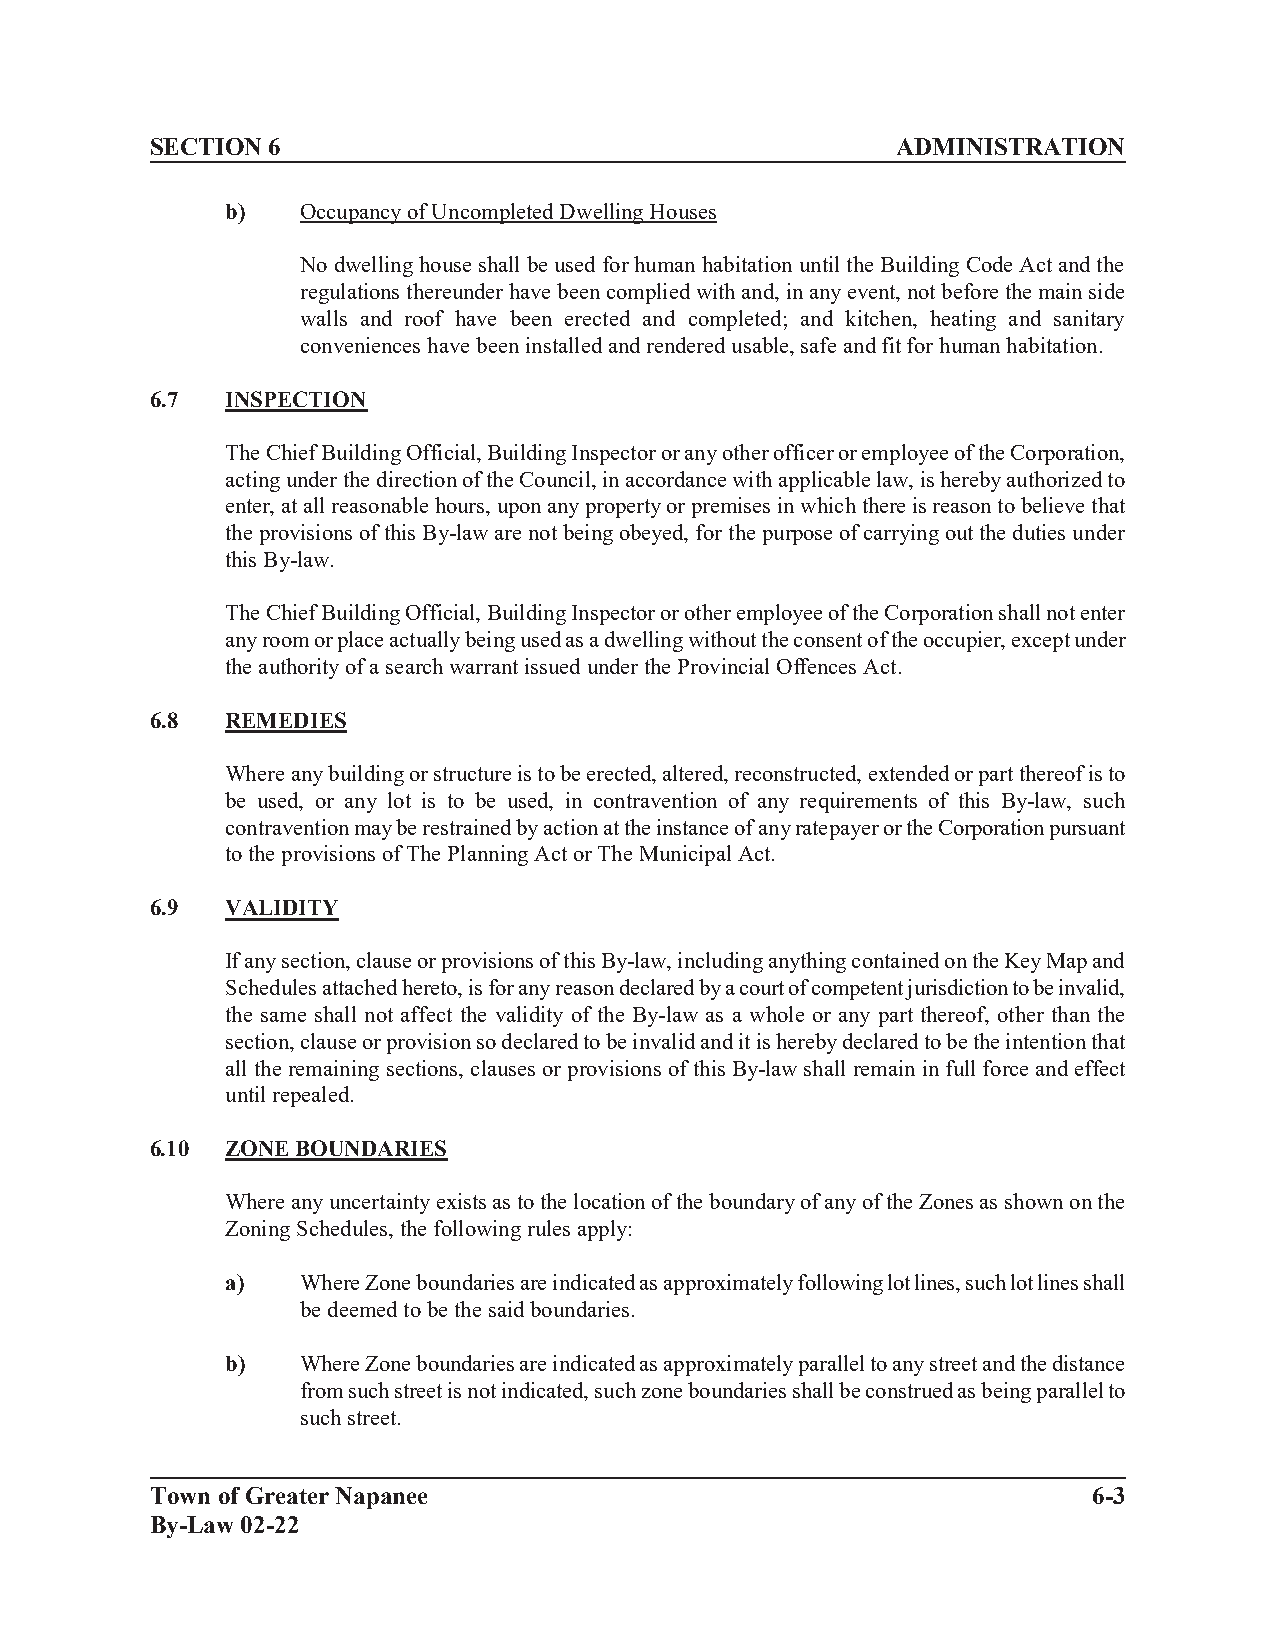
SECTION 6                                        ADMINISTRATION
 b)   Occupancy of Uncompleted Dwelling Houses
 No dwelling house shall be used for human habitation until the Building Code Act and the
 regulations thereunder have been complied with and, in any event, not before the main side
 walls and roof have been erected and completed; and kitchen, heating and sanitary
 conveniences have been installed and rendered usable, safe and fit for human habitation.
 6.7  INSPECTION
 The Chief Building Official, Building Inspector or any other officer or employee of the Corporation,
 acting under the direction of the Council, in accordance with applicable law, is hereby authorized to
 enter, at all reasonable hours, upon any property or premises in which there is reason to believe that
 the provisions of this By-law are not being obeyed, for the purpose of carrying out the duties under
 this By-law.
 The Chief Building Official, Building Inspector or other employee of the Corporation shall not enter
 any room or place actually being used as a dwelling without the consent of the occupier, except under
 the authority of a search warrant issued under the Provincial Offences Act.
 6.8  REMEDIES
 Where any building or structure is to be erected, altered, reconstructed, extended or part thereof is to
 be used, or any lot is to be used, in contravention of any requirements of this By-law, such
 contravention may be restrained by action at the instance of any ratepayer or the Corporation pursuant
 to the provisions of The Planning Act or The Municipal Act.
 6.9  VALIDITY
 If any section, clause or provisions of this By-law, including anything contained on the Key Map and
 Schedules attached hereto, is for any reason declared by a court of competent jurisdiction to be invalid,
 the same shall not affect the validity of the By-law as a whole or any part thereof, other than the
 section, clause or provision so declared to be invalid and it is hereby declared to be the intention that
 all the remaining sections, clauses or provisions of this By-law shall remain in full force and effect
 until repealed.
 6.10 ZONE BOUNDARIES
 Where any uncertainty exists as to the location of the boundary of any of the Zones as shown on the
 Zoning Schedules, the following rules apply:
 a)   Where Zone boundaries are indicated as approximately following lot lines, such lot lines shall
 be deemed to be the said boundaries.
 b)   Where Zone boundaries are indicated as approximately parallel to any street and the distance
 from such street is not indicated, such zone boundaries shall be construed as being parallel to
 such street.
 Town of Greater Napanee                                       6-3
 By-Law 02-22